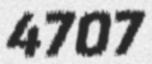
4707